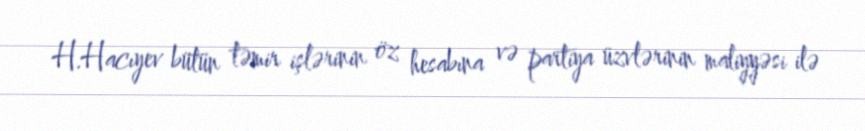
H.Hacıyev bütün təmir işlərinin öz hesabına və partiya üzvlərinin maliyyəsi ilə